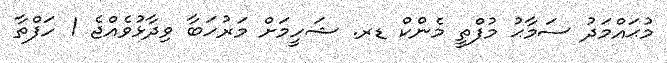
މުޙައްމަދު ސަމާޙު މުފްތީ މެންކް ޑރ. ޝަހީމަށް މަރުހަބާ ވިދާޅުވެއްޖެ 1 ހަފްތާ